system: You are a helpful assistant.
user:
Analyze the provided spectrum to determine if it is a **"Cataclysmic Variables (CV)"**.

- **Key Indicators for CV (Check for either state):**
    - **State 1: Quiescent / Low-State (Emission-Dominated)**
        - **(Primary):** Strong and *very broad* Hydrogen Balmer emission lines (e.g., $H\alpha$ at 6563 Å, $H\beta$ at 4861 Å). The 'broadness' (high velocity dispersion, often FWHM > 1000 km/s) is the key diagnostic, indicating a high-velocity accretion disk.
        - **(Secondary):** Broad neutral Helium (He I) emission lines (e.g., 5876 Å, 6678 Å).
        - **(Key Confirmation):** Presence of high-excitation *ionized* Helium (He II) emission at 4686 Å. This is a strong indicator of accretion onto a white dwarf.
        - **(Line Profile):** Emission lines may exhibit a 'double-peaked' profile, which is a classic signature of a rotating accretion disk viewed at high inclination.

    - **State 2: Outburst / High-State (Absorption-Dominated)**
        - **(Primary):** Spectrum is dominated by a bright, blue continuum (looks like a hot star).
        - **(Secondary):** The emission lines from State 1 are weak, absent, or 'filled in', and are replaced by broad, shallow *absorption* lines (primarily Balmer and He I).
        - **(Morphology):** The overall spectrum mimics a hot B/A-type star. The crucial difference is that the absorption lines are significantly broader, shallower, and more 'washed-out' (or 'smeared') than the sharp lines of a normal stellar photosphere, due to high rotational speeds and pressure broadening in the disk.

Think first, call **spectral_visualization_tool** if needed to examine features in detail, then provide your final answer. Your response must adhere to the following strict rules:
1.  **Overall Structure:** Your response must follow the format `<think>...</think> <tool_call>...</tool_call> (if a tool is used) <answer>...</answer>`.
2.  **Tool Usage Constraint:** You may only make **one** tool call per turn.
3.  **Final Answer Format:** In the `<answer>` tag, your conclusion must be inside a `\boxed{}` command (e.g., `\boxed{YES}`), followed by your justification.

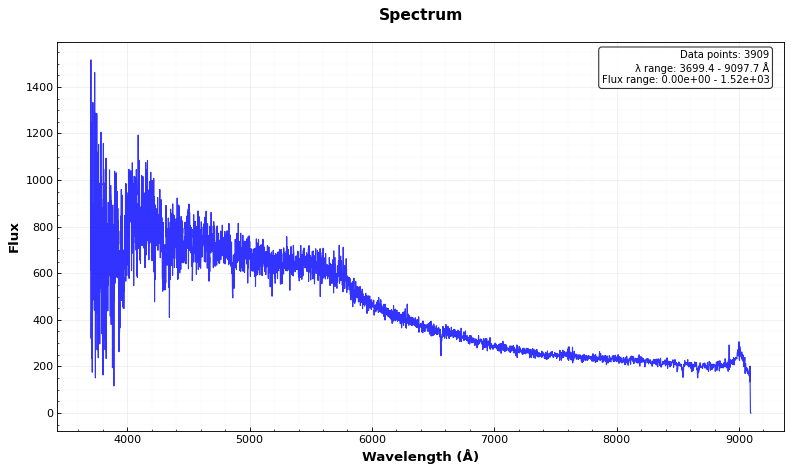
Answer: NO